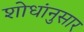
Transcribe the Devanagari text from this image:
शोधांनुसार